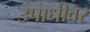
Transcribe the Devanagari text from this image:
उपाधीवर